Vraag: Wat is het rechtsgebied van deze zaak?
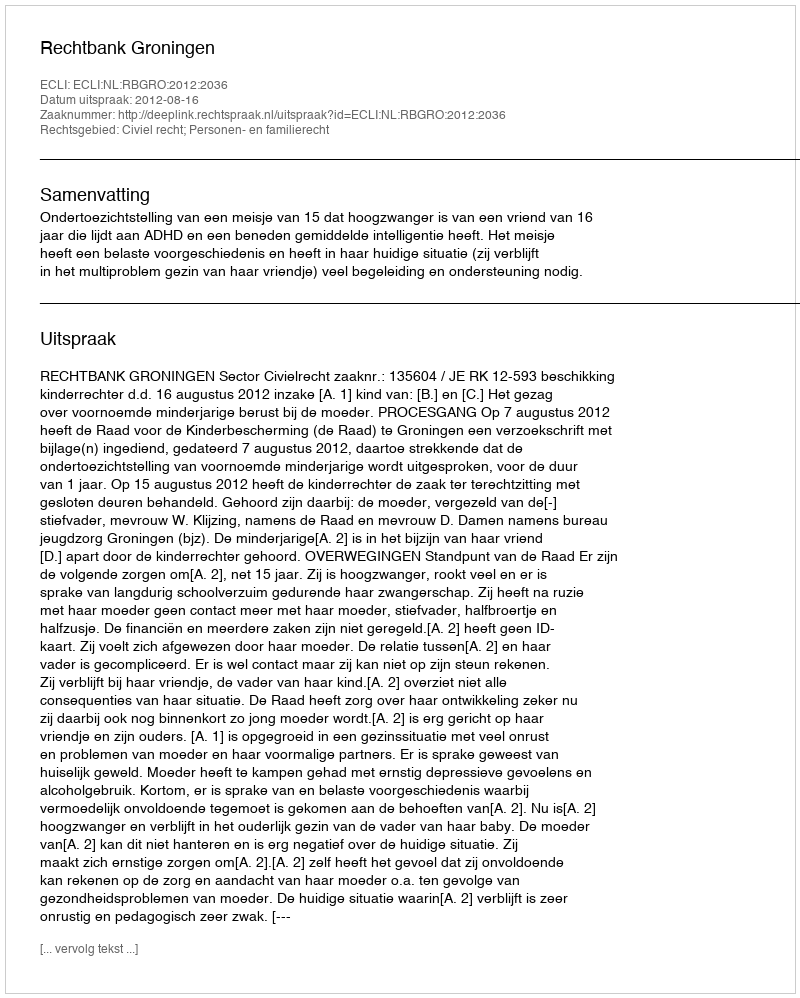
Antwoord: Civiel recht; Personen- en familierecht